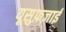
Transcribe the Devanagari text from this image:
यूसुफ़ज़ाई